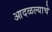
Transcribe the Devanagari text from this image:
आदळल्याचे